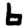
Digit: 6